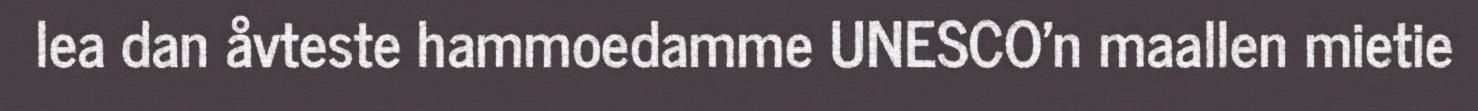
lea dan åvteste hammoedamme UNESCO'n maallen mietie